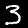
Label: 3